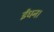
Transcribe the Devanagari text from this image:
ईंधन।